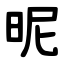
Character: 昵